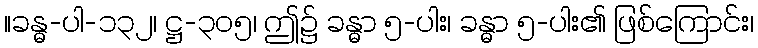
။ခန္ဓ-ပါ-၁၃၂၊ ဋ္ဌ-၃၀၅၊ ဤ၌ ခန္ဓာ ၅-ပါး၊ ခန္ဓာ ၅-ပါး၏ ဖြစ်ကြောင်း၊